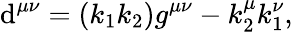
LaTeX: \mathrm{d}^{\mu\nu}=(k_{1}k_{2})g^{\mu\nu}-k_{2}^{\mu}k_{1}^{\nu},